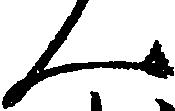
ん